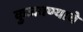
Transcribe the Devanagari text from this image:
कुजवण्याचे